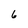
Character: 6